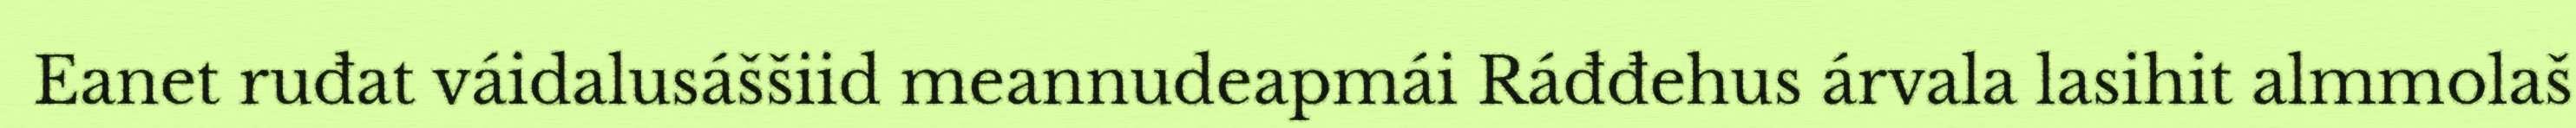
Eanet ruđat váidalusáššiid meannudeapmái Ráđđehus árvala lasihit almmolaš